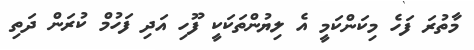
މާތުރަ ފަހެ މިކަންކަމީ އެ ލިޔުންތަކަކީ ފޫހި އަދި ފަހުމް ކުރަން ދަތި